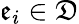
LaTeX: \mathfrak{e}_{i}\in\mathfrak{D}